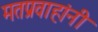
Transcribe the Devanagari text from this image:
मतप्रवाहांनी